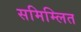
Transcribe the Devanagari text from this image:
समिम्लित